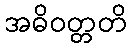
အဓိဝတ္တတိ